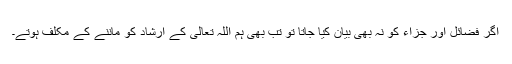
اگر فضائل اور جزاء کو نہ بھی بیان کیا جاتا تو تب بھی ہم اللہ تعالی کے ارشاد کو ماننے کے مکلف ہوتے۔